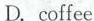
D. coffee